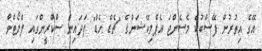
އޭގެ އިތުރުން ފޭސްބުކް މެސެންޖަ އެޕްލިކޭޝަންގެ "ޗެޑް ހެޑް" ފަދައިން ސްކްރީންގައި ފްލޯޓްވާ